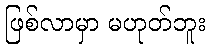
ဖြစ်လာမှာ မဟုတ်ဘူး